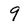
Character: 9